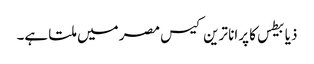
ذیابیطس کا پرانا ترین کیس مصر میں ملتا ہے۔